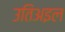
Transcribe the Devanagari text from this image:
उतिअइल